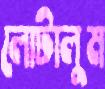
লোটালুম